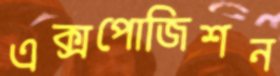
এক্সপোজিশন